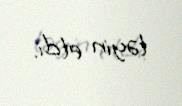
təyin etdi.